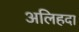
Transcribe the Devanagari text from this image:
अलिहदा